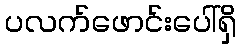
ပလက်ဖောင်းပေါ်ရှိ